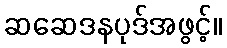
ဆဆေဒနပုဒ်အဖွင့်။